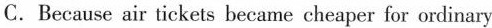
C.Because air tickets became cheaper for ordinary